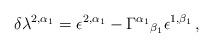
LaTeX: \begin{align*}\delta\lambda^{2,\alpha_{1}} = \epsilon^{2,\alpha_{1}}-\Gamma^{\alpha_{1}}{}_{\beta_{1}}\epsilon^{1,\beta_{1}}\, ,\end{align*}